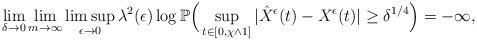
LaTeX: \begin{align*}\lim_{\delta\to0}\lim_{m\to\infty}\limsup_{\epsilon\to0}\lambda^2(\epsilon)\log\mathbb P\Big(\sup_{t\in[0,\chi\wedge1]}|\hat{X}^{\epsilon}(t)-X^{\epsilon}(t)|\geq\delta^{1/4}\Big)=-\infty,\end{align*}